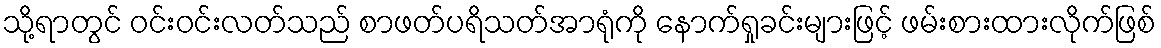
သို့ရာတွင် ဝင်းဝင်းလတ်သည် စာဖတ်ပရိသတ်အာရုံကို နောက်ရှုခင်းများဖြင့် ဖမ်းစားထားလိုက်ဖြစ်